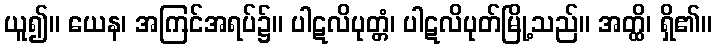
ယူ၍။ ယေန၊ အကြင်အရပ်၌။ ပါဋလိပုတ္တံ၊ ပါဋလိပုတ်မြို့သည်။ အတ္ထိ၊ ရှိ၏။